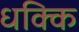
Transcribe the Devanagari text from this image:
धक्कि